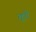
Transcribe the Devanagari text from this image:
तूपों